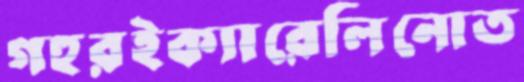
গহূরইক্যারেলিনোত